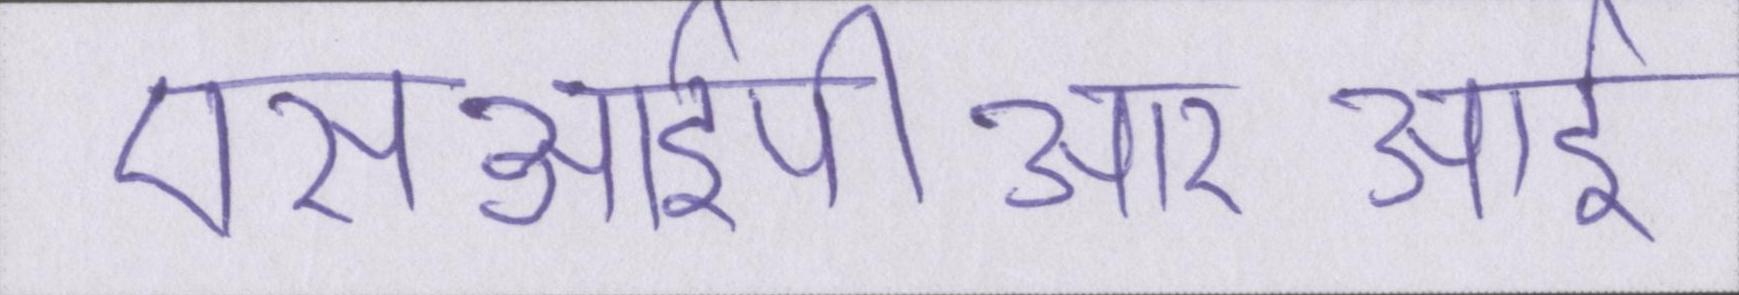
एसआईपीआरआई